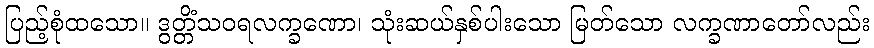
ပြည့်စုံထသော။ ဒွတ္တိံသဝရလက္ခဏော၊ သုံးဆယ်နှစ်ပါးသော မြတ်သော လက္ခဏာတော်လည်း